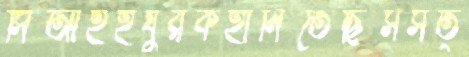
সিআইইঘুরকহানিতেছিসসত্